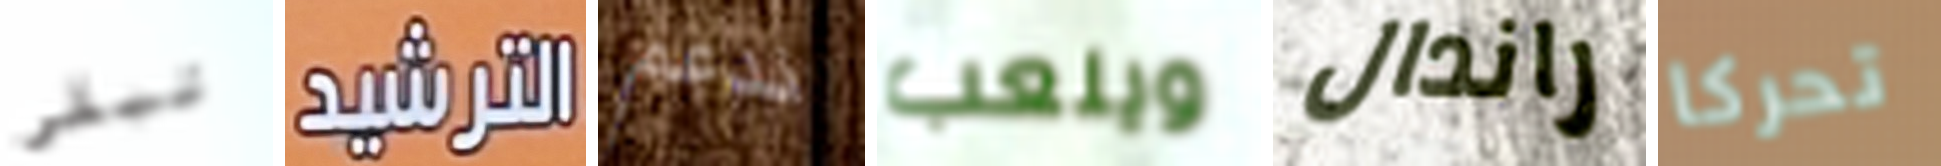
تبقي الترشيد ندعم ويلعب راندال تحركا